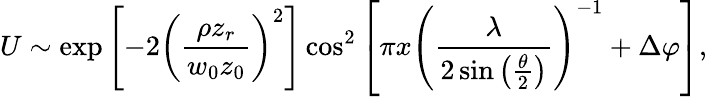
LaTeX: U\sim\exp\left[-2\left(\frac{\rho z_{r}}{w_{0}z_{0}}\right)^{2}\right]\cos^{2}\left[\pi x\left(\frac{\lambda}{2\sin\left(\frac{\theta}{2}\right)}\right)^{-1}+\Delta\varphi\right],